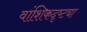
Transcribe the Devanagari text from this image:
वांशिकदृष्ट्या